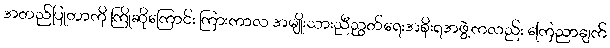
အတည်ပြုတာကို ကြိုဆိုကြောင်း ကြားကာလ အမျိုးသားညီညွတ်ရေးအစိုးရအဖွဲ့ကလည်း ကြေညာချက်